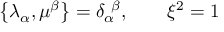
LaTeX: \left\{ \lambda _ { \alpha } , \mu ^ { \beta } \right\} = \delta _ { \alpha } ^ { \ \beta } , \qquad \xi ^ { 2 } = 1